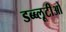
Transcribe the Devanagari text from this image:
डब्ब्लूटीओ